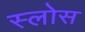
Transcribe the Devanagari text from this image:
स्लोस